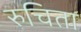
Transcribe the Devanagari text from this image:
रुचिता